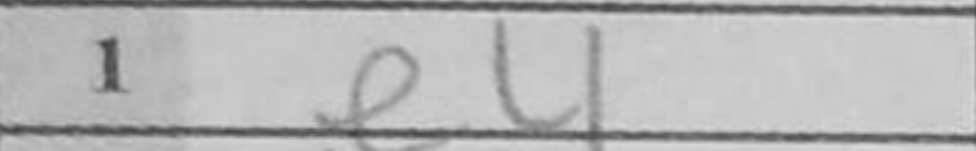
Transcription: e4